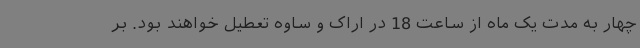
چهار به مدت یک ماه از ساعت 18 در اراک و ساوه تعطیل خواهند بود. بر